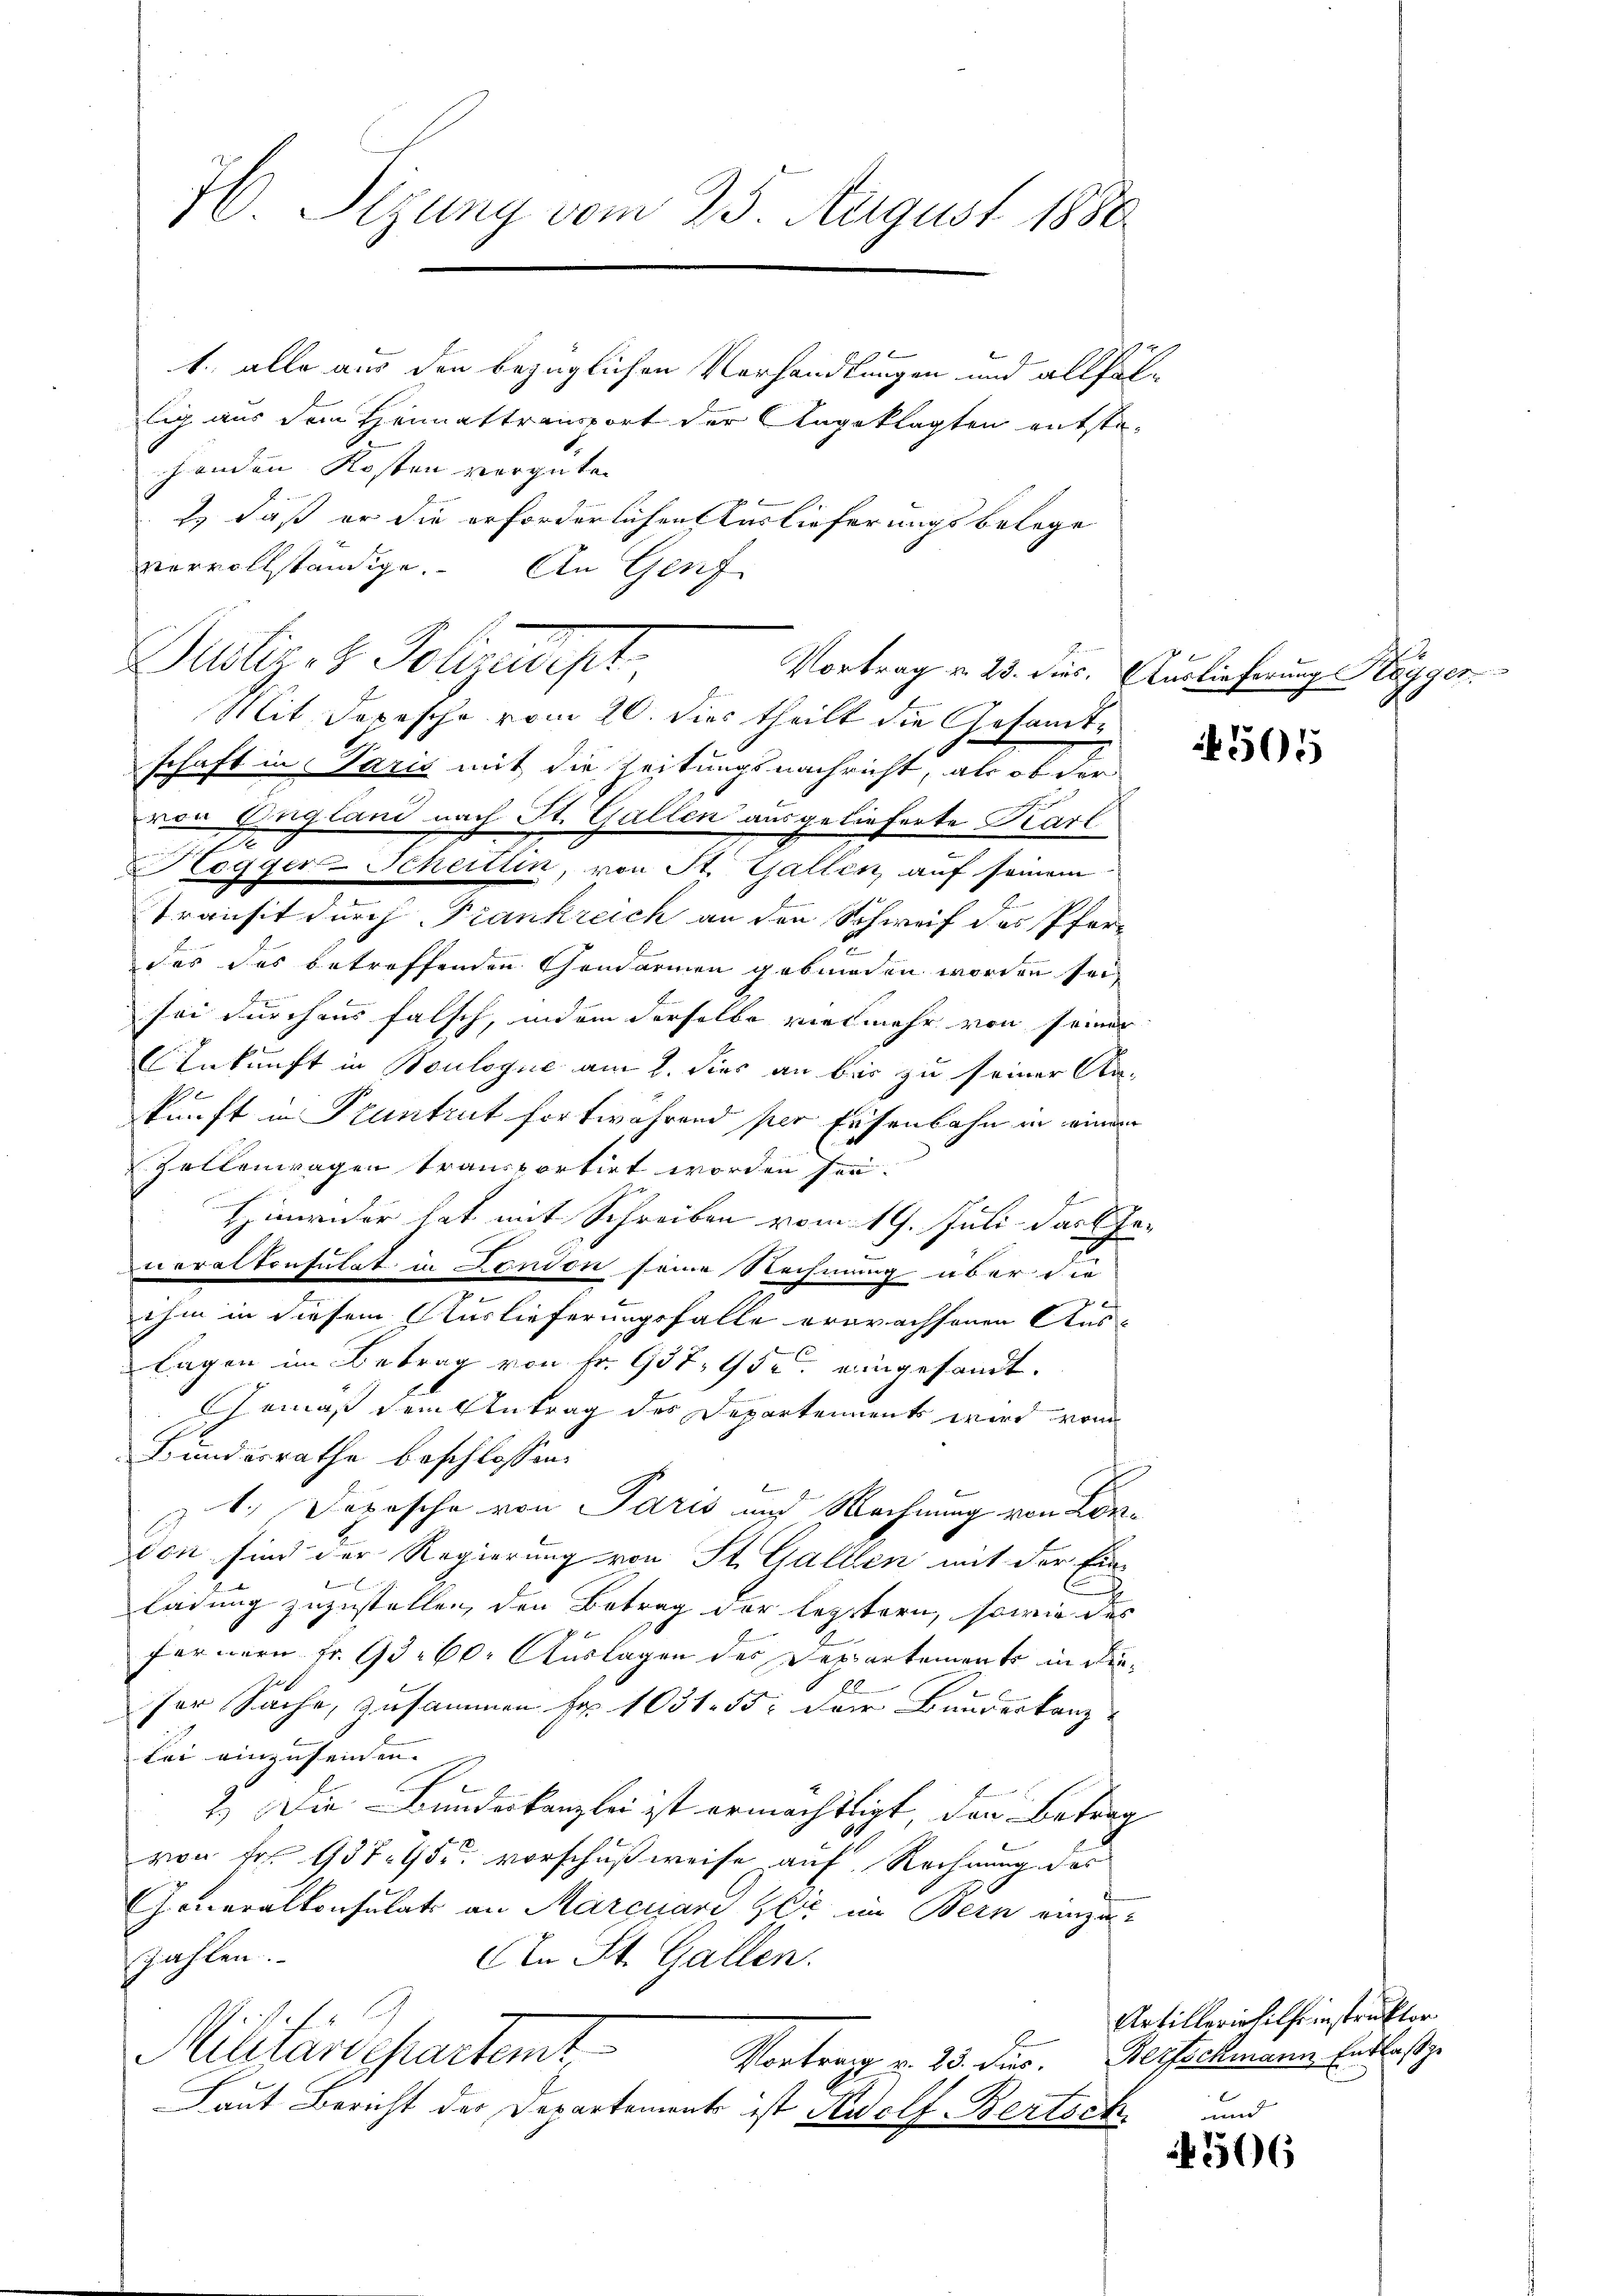
H. Sezung vom 25. August 1880

1. alle aus den bezüglichen Vorhandlungen und allfällig aus dem Heimattransport der Angeklagten entstehenden Kosten verguten
d
1.) Daß er die erforderlichen Auslieferungsbelege
vervollständige.
An Genf
Duitiret. Polizeipt
Mit Depesche vom 20. dies theilt die Gesamt-
schaft in Paris mit die Zeitungsnachricht, als ob der
von England nach St. Gallen ausgelieferte Kart
2
Hogger-Scheitlen, von St. Gallen, auf seinem
Transit durch Frankreich an den Schweif des Pfer-
das das betreffenden Gendarmen gebunden worden sei
sei durchaus falsch, indem derselbe vielmehr von seiner
Ankunft in Boulogne am 2. dies an bis zu seiner Aus-
kunft in Pruntrut fortwährend per Eisenbahn in einem
Zellenwagen transportirt worden sei.
Himwider hat mit Schreiben vom 19. Juli das Geveralkonsulat in London seine Rechnung über die
ihm in diesem Auslieferungsfalle erwachsenen Aus-
lagen im Betrag von Fr. 957 95 eingesandt.
Gemäß dem Antrag des Departement wird vom
Bundesrathe beschlossen:
z1., Dopische von Paris und Rechnung von Lonvon sind der Regierung von St. Gallen mit der Eini
ladung zuzustellen, den Betrag der leztern, sowie des
fernern Fr. 93. 60. Auslagen des Departements in die
20
ser Sache, zusammen Fr. 1051. 55. Der Baudertanz
lei einzuseinen. |
2.) Die Bundeskanzlei ist ermächtigt den Betrag
0
von Fr. 937. 455 vorschußweise auf Rechnung des
Generalkonsulats an Marcuard der im Bern einzu-
zahlen.
An St. Gallen.
4
Miluardepartemt
Vortrag v. 23. dus.
Laut Bericht der Departement ist Rewolf-Bertsch

Vortrag v. 23. dies. Auslieferung Kögger.

505

und
4366

Artilleriehilfeinstruktor
Bertschmann Entlaß ge